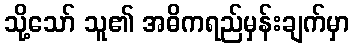
သို့သော် သူ၏ အဓိကရည်မှန်းချက်မှာ